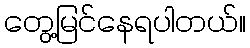
တွေ့မြင်နေရပါတယ်။